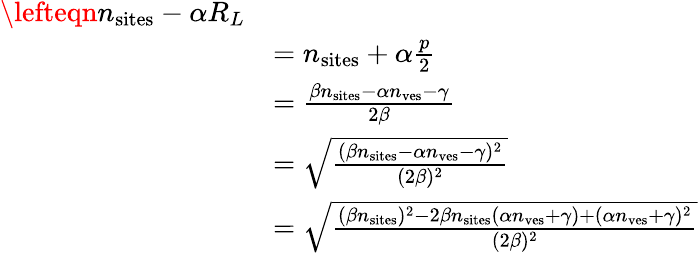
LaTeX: \begin{array}{rl}{\lefteqn{n_{\mathrm{sites}}-\alpha R_{L}}}\\ &{=n_{\mathrm{sites}}+\alpha\frac{p}{2}}\\ &{=\frac{\beta n_{\mathrm{sites}}-\alpha n_{\mathrm{ves}}-\gamma}{2\beta}}\\ &{=\sqrt{\frac{(\beta n_{\mathrm{sites}}-\alpha n_{\mathrm{ves}}-\gamma)^{2}}{(2\beta)^{2}}}}\\ &{=\sqrt{\frac{(\beta n_{\mathrm{sites}})^{2}-2\beta n_{\mathrm{sites}}(\alpha n_{\mathrm{ves}}+\gamma)+(\alpha n_{\mathrm{ves}}+\gamma)^{2}}{(2\beta)^{2}}}}\end{array}